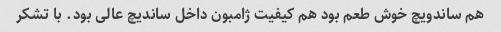
هم ساندویچ خوش طعم بود هم کیفیت ژامبون داخل ساندیچ عالی بود. با تشکر